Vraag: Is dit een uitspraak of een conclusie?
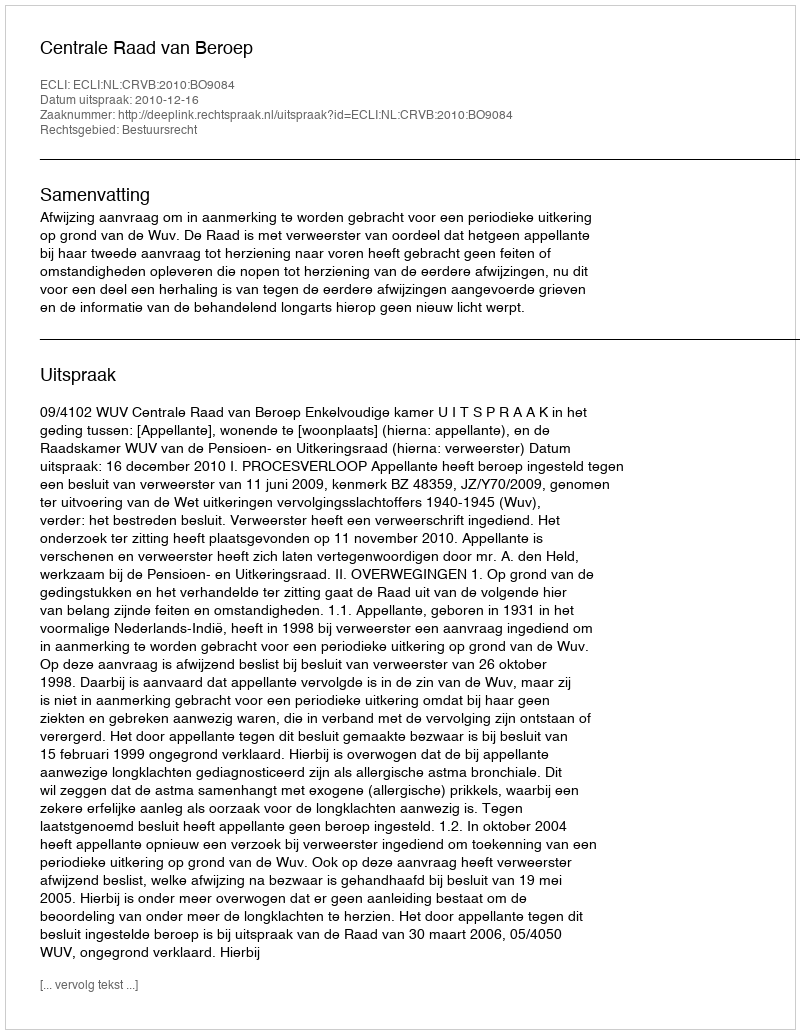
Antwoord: Uitspraak